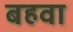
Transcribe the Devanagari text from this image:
बहवा